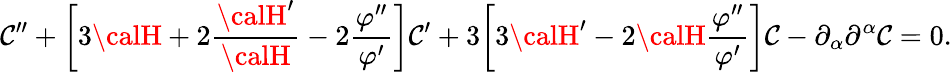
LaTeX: \mathcal{C}^{\prime\prime}+\biggl[3{\calH}+2\frac{{{\calH}^{\prime}}}{{\calH}}-2\frac{{\varphi^{\prime\prime}}}{{\varphi^{\prime}}}\biggr]\mathcal{C}^{\prime}+3\biggl[3{\calH}^{\prime}-2{\calH}\frac{{\varphi^{\prime\prime}}}{{\varphi^{\prime}}}\biggr]\mathcal{C}-\partial_{\alpha}\partial^{\alpha}\mathcal{C}=0.